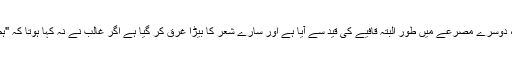
خود ہم کو اس کا پہلا مصرع رواں لگتا ہے اگر حشو ہے بھی تو ہم اسے حشو ملیح سمجھتے ہیں ، دوسرے مصرعے میں طور البتہ قافیے کی قید سے آیا ہے اور سارے شعر کا بیڑا غرق کر گیا ہے اگر غالب نے نہ کہا ہوتا کہ "ہم کو تقلیدِ تنک ظرفیِ منصور نہیں" تو ہم بھی یہاں منصور ہی پر طنز کرنے کا شوق پورا کرتے ۔